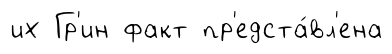
их Гр'ин факт пр'едста́вл'ена